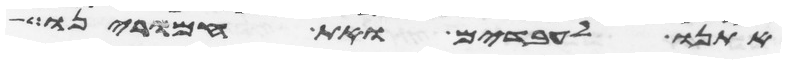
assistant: אתנו לעבדים ואת חמרינו